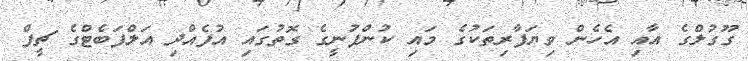
ގޫގުލްގެ އާއި އެހެން ވިޔަފާރިތަކުގެ މައި ކުންފުނީގެ ގޮތުގައި އުފެއްދި އަލްފަބެޓްގެ ޗީފް